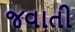
જવાતી